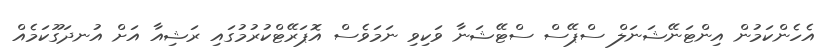
އެހެންކަމުން އިންޓަނޭޝަނަލް ސްޕޭސް ސްޓޭޝަނާ ވަކިވި ނަމަވެސް އޮޕަރޭޓްކުރުމުގައި ރަޝިއާ އަށް އުނދަގޫކަމެއް